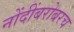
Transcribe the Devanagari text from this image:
नोंदींबरोबरच